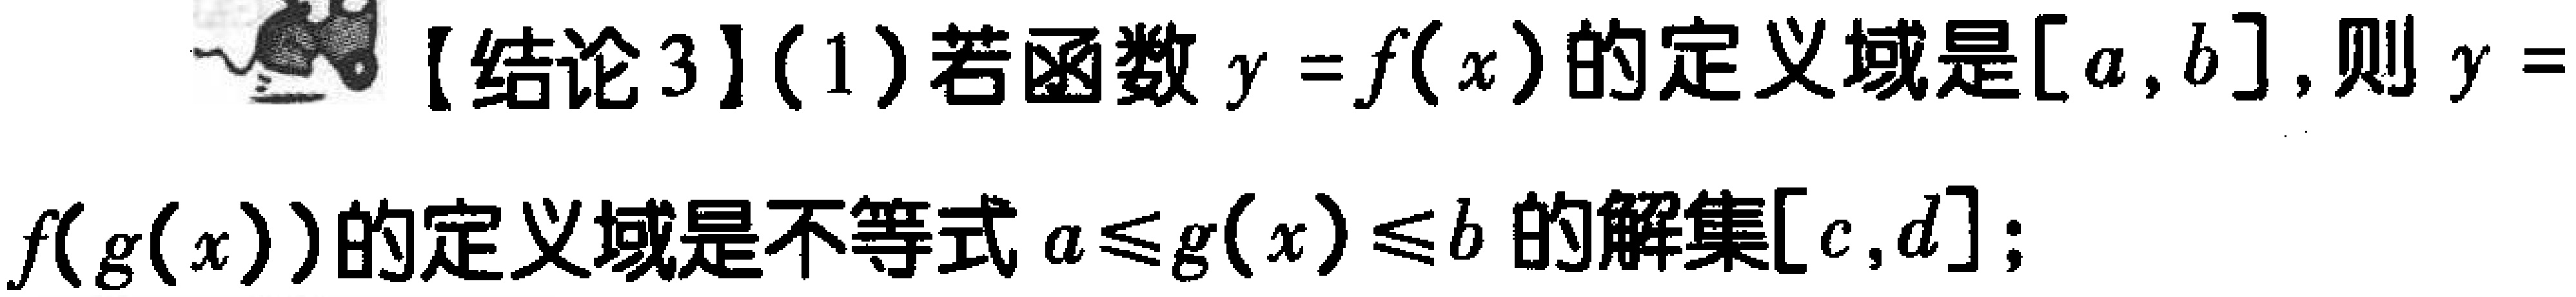
【结论3】(1)若函数\(y = f(x)\)的定义域是\([a,b]\)，则\(y = f(g(x))\)的定义域是不等式\(a\leq g(x)\leq b\)的解集\([c,d]\)；